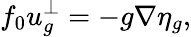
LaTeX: f_{0}u_{g}^{\perp}=-g\nabla\eta_{g},